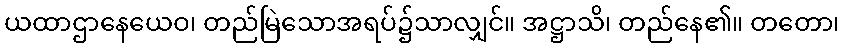
ယထာဌာနေယေဝ၊ တည်မြဲသောအရပ်၌သာလျှင်။ အဋ္ဌာသိ၊ တည်နေ၏။ တတော၊